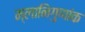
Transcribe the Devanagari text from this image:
म्लानिगुणांक